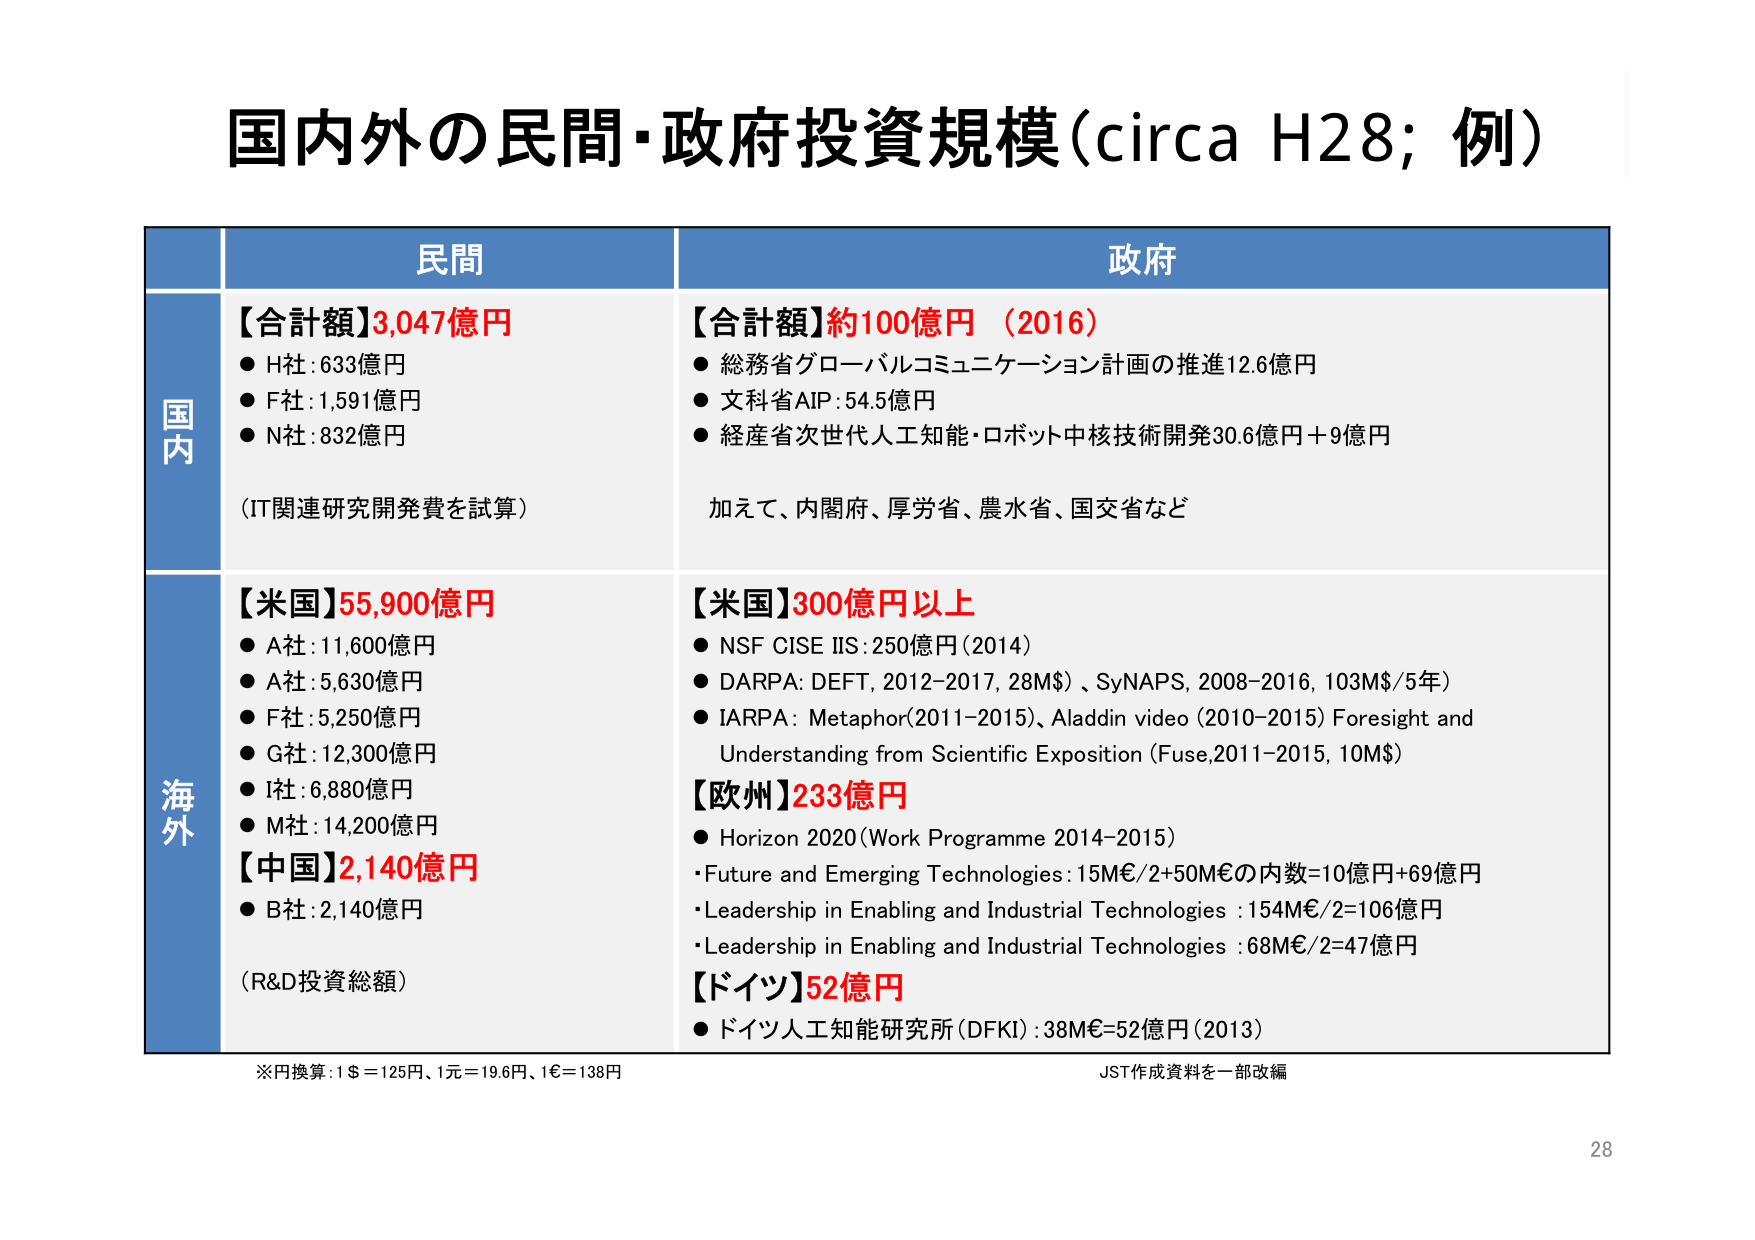
国内外の民間・政府投資規模（circa H28; 例）

民間
【合計額】3,047億円
● H社：633億円
● F社：1,591億円
● N社：832億円
（IT関連研究開発費を試算）

政府
【合計額】約100億円（2016）
● 総務省グローバルコミュニケーション計画の推進12.6億円
● 文科省AIP：54.5億円
● 経産省次世代人工知能・ロボット中核技術開発30.6億円＋9億円
加えて、内閣府、厚労省、農水省、国交省など

海外
【米国】55,900億円
● A社：11,600億円
● A社：5,630億円
● F社：5,250億円
● G社：12,300億円
● I社：6,880億円
● M社：14,200億円
【中国】2,140億円
● B社：2,140億円
（R&D投資総額）

【米国】300億円以上
● NSF CISE IIS：250億円（2014）
● DARPA：DEFT, 2012–2017, 28M$）、SyNAPS, 2008–2016, 103M$/5年）
● IARPA：Metaphor（2011–2015）、Aladdin video（2010–2015）Foresight and Understanding from Scientific Exposition（Fuse,2011–2015, 10M$）

【欧州】233億円
● Horizon 2020（Work Programme 2014–2015）
・Future and Emerging Technologies：15M€/2+50M€の内数=10億円+69億円
・Leadership in Enabling and Industrial Technologies：154M€/2=106億円
・Leadership in Enabling and Industrial Technologies：68M€/2=47億円

【ドイツ】52億円
● ドイツ人工知能研究所（DFKI）：38M€=52億円（2013）

※円換算：1$＝125円、1元＝19.6円、1€＝138円
JST作成資料を一部改編
28